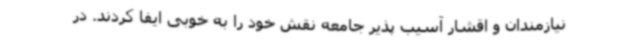
نیازمندان و اقشار آسیب پذیر جامعه نقش خود را به خوبی ایفا کردند. در